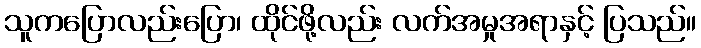
သူကပြောလည်းပြော၊ ထိုင်ဖို့လည်း လက်အမှုအရာနှင့် ပြသည်။